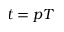
t = p T